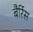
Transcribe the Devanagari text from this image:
बैर्रिस